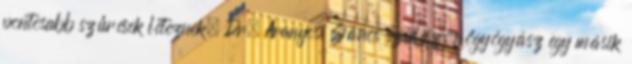
pontosabb szűrések léteznek. Dr. Aranyosi János szülész-nőgyógyász egy másik